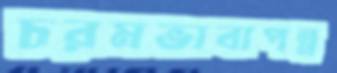
চরমভাবাপন্ন